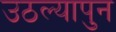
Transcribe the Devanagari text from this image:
उठल्यापुन